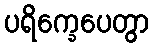
ပရိက္ခေပေတွာ